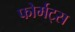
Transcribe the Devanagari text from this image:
फोर्मट्स